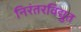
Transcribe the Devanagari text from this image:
निरंतरविद्युत